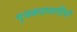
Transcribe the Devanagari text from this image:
पृथकतावादियों